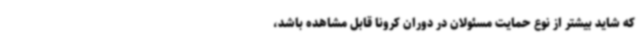
که شاید بیشتر از نوع حمایت‌ مسئولان در دوران کرونا قابل مشاهده باشد،